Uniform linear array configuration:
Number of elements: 4
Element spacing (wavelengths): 0.75
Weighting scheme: kaiser
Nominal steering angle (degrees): -45
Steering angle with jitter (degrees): -46.141
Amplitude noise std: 0.05
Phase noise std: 0.05

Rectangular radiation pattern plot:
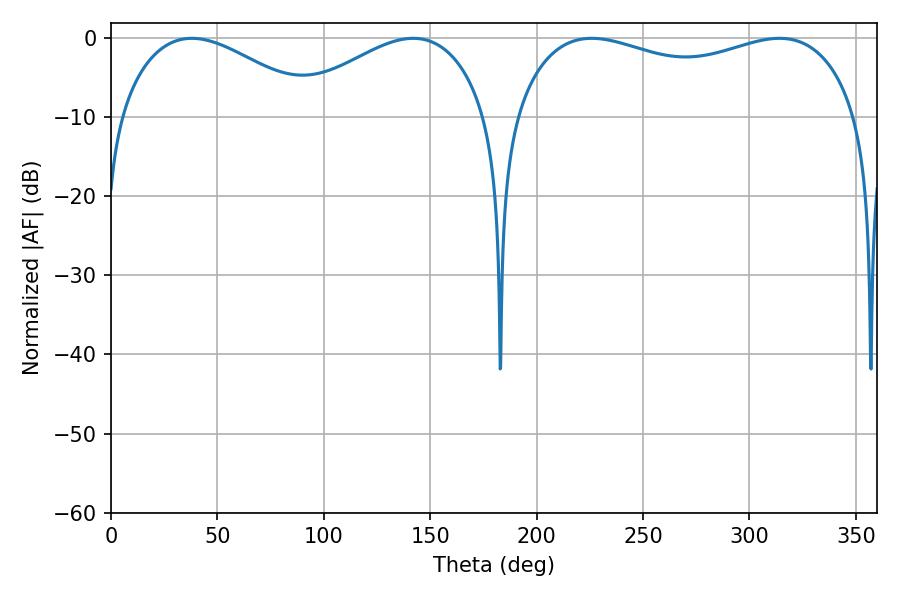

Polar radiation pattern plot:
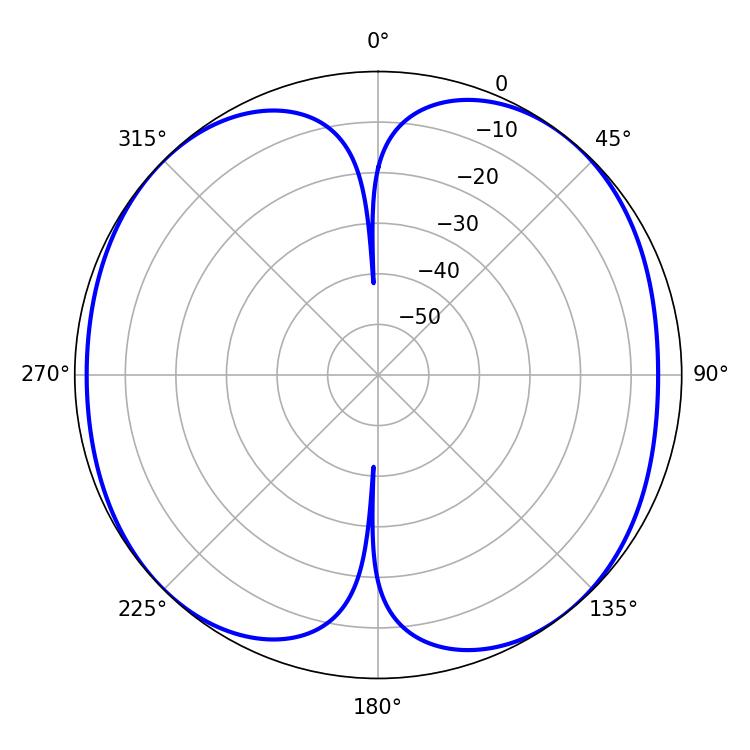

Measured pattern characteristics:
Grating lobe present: TRUE
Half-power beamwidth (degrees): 51.12
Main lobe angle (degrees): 37.98